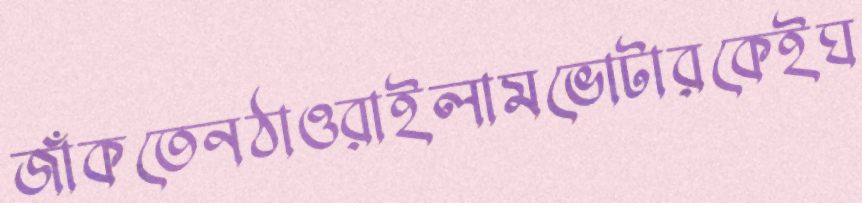
জাঁকতেনঠাওরাইলামভোটারকেইঘ